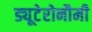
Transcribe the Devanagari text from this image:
ड्यूटेरोनौमी